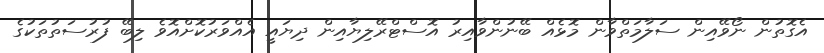
އެގޮތުން ނޯވޭއިން ސަލާމަތްވާން މޮޅެއް ބޭނުންވާއިރު އޮސްޓްރޭލިޔާއިން ދިޔައީ އެއްވަރުކޮށްއޮވެ ލިބޭ ފުރުސަތުތަކުގެ